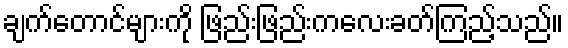
ချက်တောင်များကို ဖြည်းဖြည်းကလေးခတ်ကြည့်သည်။